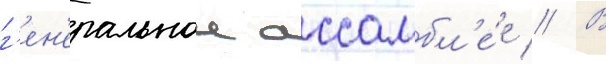
г'ен'еральнои ассамбл'е́е // В